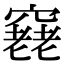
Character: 𥨔